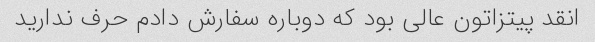
انقد پیتزاتون عالی بود که دوباره سفارش دادم حرف ندارید